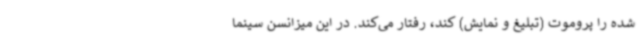
شده را پروموت (تبلیغ و نمایش) کند، رفتار می‌کند. در این میزانسن سینما